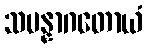
သမန္နာဂတောယံ